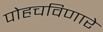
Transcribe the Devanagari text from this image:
पोहचविणारे